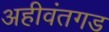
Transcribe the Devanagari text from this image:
अहीवंतगड